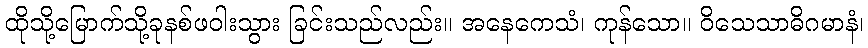
ထိုသို့မြောက်သို့ခုနစ်ဖဝါးသွား ခြင်းသည်လည်း။ အနေကေသံ၊ ကုန်သော။ ဝိသေသာဓိဂမာနံ၊